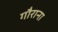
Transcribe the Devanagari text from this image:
गौराना